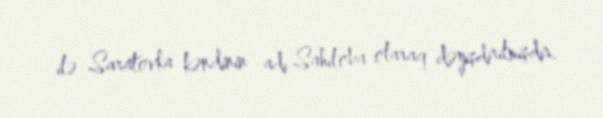
ilə Saratovka kəndinin adı Sahiloba olaraq dəyişdirilmişdir.